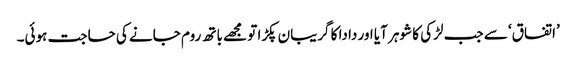
’اتفاق‘ سے جب لڑکی کا شوہر آیا اور دادا کا گریبان پکڑا تو مجھے باتھ روم جانے کی حاجت ہوئی۔